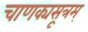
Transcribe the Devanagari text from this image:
चाणक्यसूत्रम्